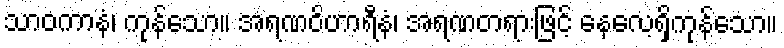
သာဝကာနံ၊ ကုန်သော။ အရဏဝိဟာရီနံ၊ အရဏတရားဖြင့် နေလေ့ရှိကုန်သော။